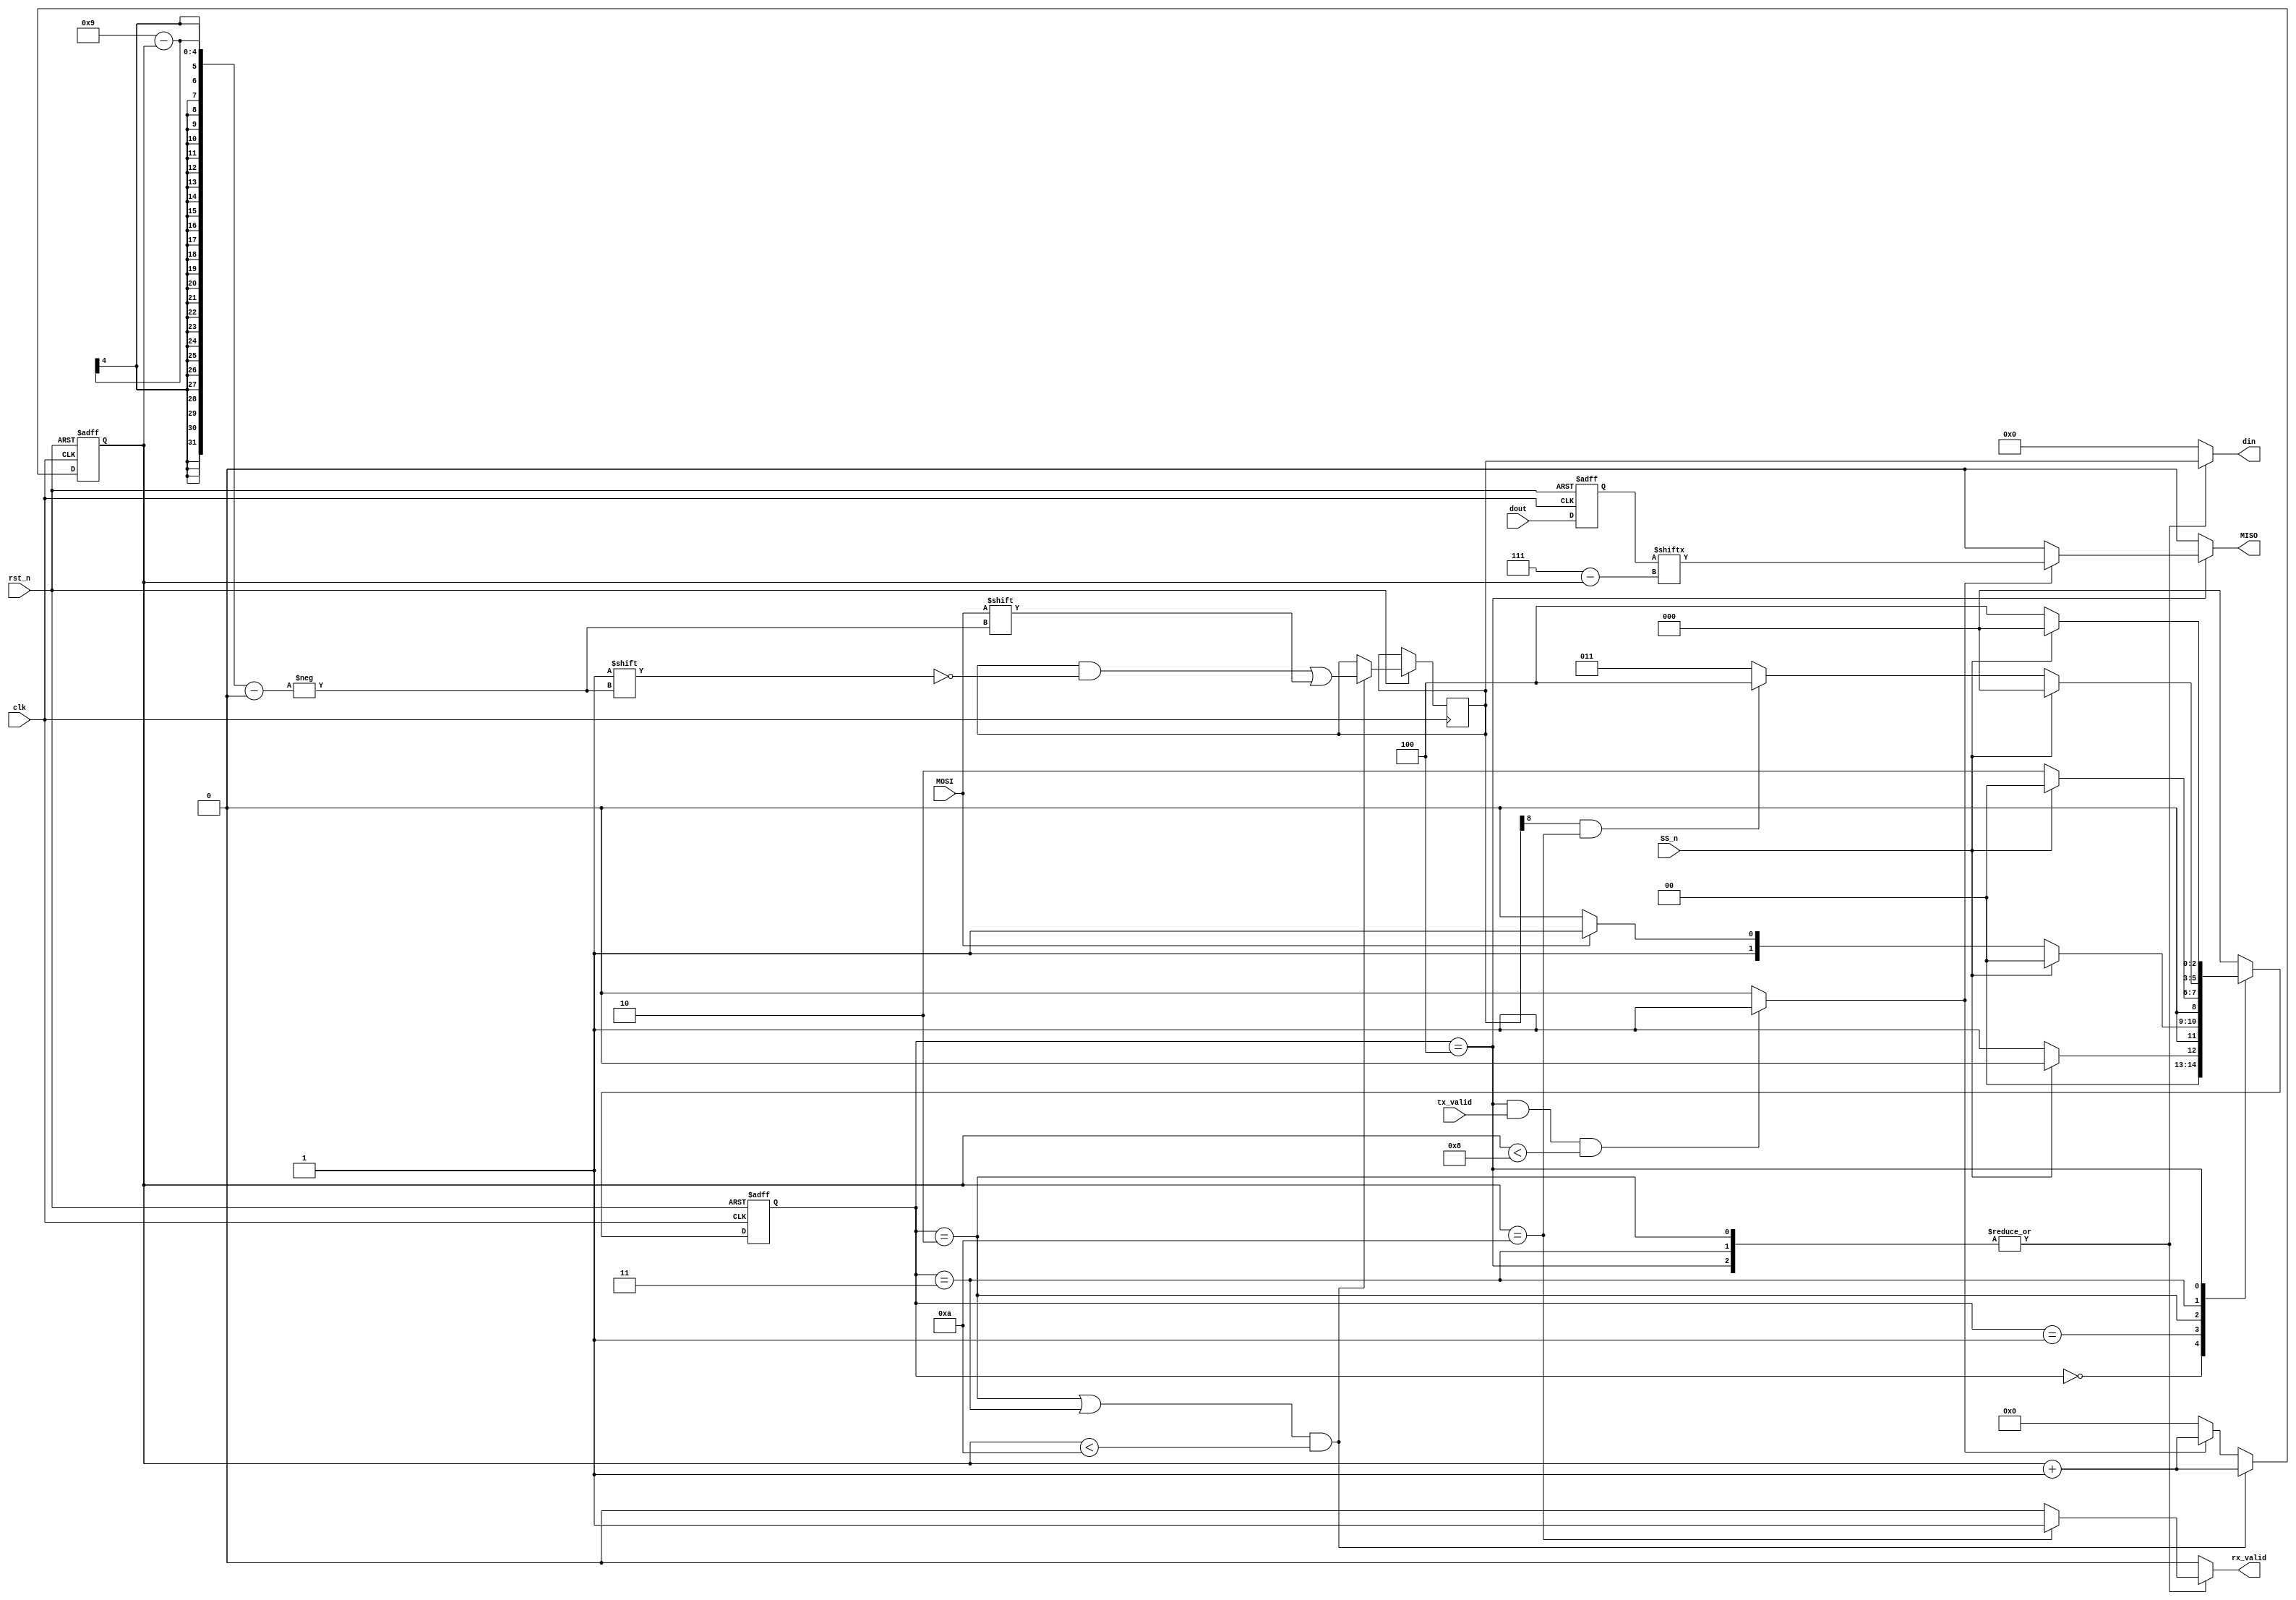
module spi_slave (
    input clk,
    input rst_n,
    input SS_n,
    input MOSI,
    output reg MISO,
    output reg [9:0] din,
    output reg rx_valid,
    input [7:0] dout,
    input tx_valid
);

    parameter IDLE = 3'b000;
    parameter CHK_CMD = 3'b001;
    parameter WRITE = 3'b010;
    parameter READ_ADD = 3'b011;
    parameter READ_DATA = 3'b100;

    (* fsm_encoding="one_hot" *)
    reg [2:0] cs, ns;
    reg [9:0] rx_data, tx_data;
    reg [3:0] bit_count;
    reg [7:0] read_reg;
    wire flag;

    always @(posedge clk or negedge rst_n) begin
        if(!rst_n)
            read_reg <= 0;
        else 
            read_reg <= dout;
    end

    always @(posedge clk or negedge rst_n) begin
        if (!rst_n) begin
            cs <= IDLE;
        end else begin
            cs <= ns;
        end
    end

    always @(posedge clk or negedge rst_n) begin
        if(!rst_n)
            bit_count <= 0;
        else if ((cs == WRITE || cs == READ_ADD) && (bit_count < 10)) begin
            rx_data[9 - bit_count] <= MOSI;
            bit_count <= bit_count + 1;
        end else if (flag) begin
            bit_count <= bit_count + 1;   
        end else
            bit_count <= 0;    
    end

    always @(*) begin
        case (cs)
            IDLE: begin
                if (SS_n) begin
                    ns = IDLE;
                end else begin
                    ns = CHK_CMD;
                end
            end
            CHK_CMD: begin
                if(SS_n)
                    ns = IDLE;
                else if (MOSI == 1'b0) begin
                    ns = WRITE;
                end else begin
                    ns = READ_ADD;
                end
            end
            WRITE: begin
                if (SS_n) begin
                    ns = IDLE;
                end else begin
                    ns = WRITE;
                end
            end
            READ_ADD: begin
                if (SS_n) begin
                    ns = IDLE;
                end else if((rx_data[8] == 1) && (bit_count == 4'd10))
                    ns = READ_DATA;
                else
                    ns = READ_ADD;
            end
            READ_DATA: begin
                if (SS_n) begin
                    ns = IDLE;
                end else begin
                    ns = READ_DATA;
                end
            end
            default: ns = IDLE;
        endcase
    end

    always @(*) begin
        case (cs)
            WRITE, READ_ADD: begin
                din = rx_data;
                rx_valid = (bit_count == 4'd10) ? 1 : 0;
                MISO = 1'b0;
            end
            READ_DATA: begin
                din = rx_data;
                rx_valid = (bit_count == 4'd10) ? 1 : 0;
                MISO = (flag) ? read_reg[7 - bit_count] : 0;
            end
            default: begin
                din = 0;
                rx_valid = 1'b0;
                MISO = 1'b0;
            end
        endcase
    end

    assign flag = ((cs == READ_DATA) && (tx_valid == 1) && (bit_count < 8)) ? 1 : 0;

endmodule